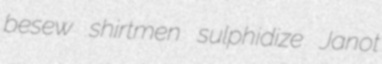
besew shirtmen sulphidize Janot